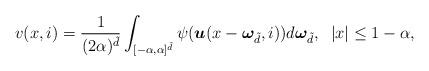
LaTeX: \begin{align*} v(x,i) = \frac{1}{(2\alpha)^{\tilde{d}}}\int_{[-\alpha,\alpha]^{\tilde{d}}}\psi(\boldsymbol{u}(x-\boldsymbol{\omega}_{\tilde{d}},i))d\boldsymbol{\omega}_{\tilde{d}}, \;\; |x|\leq1-\alpha,\end{align*}